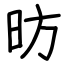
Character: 昉